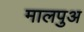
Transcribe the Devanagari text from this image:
मालपुअ